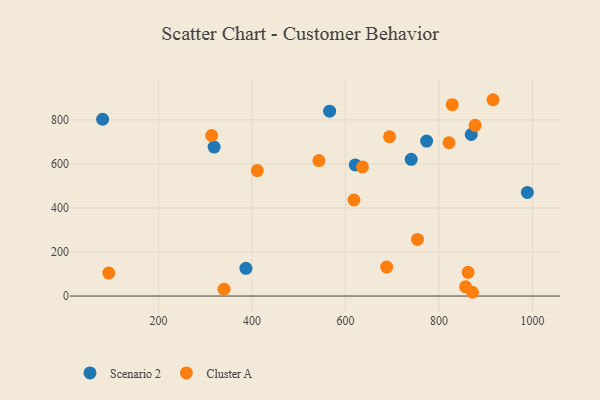
{"axis": {"x": "Investment", "y": "Yield"}, "legend": ["Cluster A", "Scenario 2"], "data": [{"x": "773.7", "y": 703.9, "type": "Scenario 2"}, {"x": "621.0", "y": 595.9, "type": "Scenario 2"}, {"x": "80.6", "y": 803.3, "type": "Scenario 2"}, {"x": "387.1", "y": 125.8, "type": "Scenario 2"}, {"x": "319.1", "y": 676.6, "type": "Scenario 2"}, {"x": "869.1", "y": 734.0, "type": "Scenario 2"}, {"x": "740.7", "y": 620.9, "type": "Scenario 2"}, {"x": "989.2", "y": 470.9, "type": "Scenario 2"}, {"x": "566.2", "y": 839.8, "type": "Scenario 2"}, {"x": "828.5", "y": 869.5, "type": "Cluster A"}, {"x": "821.6", "y": 696.5, "type": "Cluster A"}, {"x": "857.0", "y": 41.8, "type": "Cluster A"}, {"x": "877.5", "y": 775.4, "type": "Cluster A"}, {"x": "688.2", "y": 131.5, "type": "Cluster A"}, {"x": "862.4", "y": 107.9, "type": "Cluster A"}, {"x": "871.7", "y": 17.1, "type": "Cluster A"}, {"x": "93.8", "y": 104.3, "type": "Cluster A"}, {"x": "543.4", "y": 615.3, "type": "Cluster A"}, {"x": "411.5", "y": 570.0, "type": "Cluster A"}, {"x": "636.5", "y": 586.7, "type": "Cluster A"}, {"x": "313.8", "y": 729.3, "type": "Cluster A"}, {"x": "618.2", "y": 436.4, "type": "Cluster A"}, {"x": "340.3", "y": 31.1, "type": "Cluster A"}, {"x": "694.3", "y": 723.6, "type": "Cluster A"}, {"x": "754.1", "y": 257.1, "type": "Cluster A"}, {"x": "915.7", "y": 891.9, "type": "Cluster A"}]}